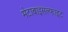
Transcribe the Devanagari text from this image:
मेटाबाइसल्फाइट